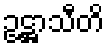
ဥဋ္ဌာသီတိ